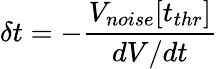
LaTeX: \delta t=-\frac{V_{noise}[t_{thr}]}{dV/dt}